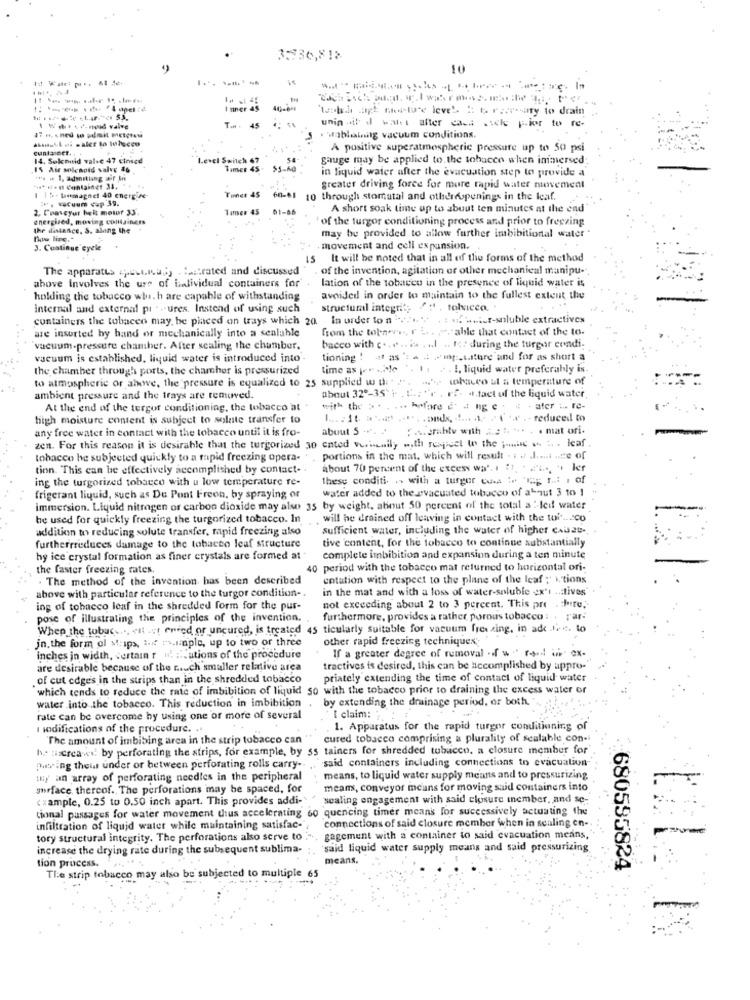
3:536,818
10
I mer 45
-
'tarih at mortu's leve'. 1 6 rate sary to drain
unin dit dl walt after cass .icke pior to re-
T .. 45
. Hablaing vacuum conditions.
cunta ser ...
A positive superatmospheric pressure up to 50 psi
14. Selcould valve 47 cinscd
Level Switch 47
54
gauge may be applied to the tobacco when inimersed
15 Air solchold valve 46
Timer 45. 55-60
in liquid water after the evacuation step to provide a
* ** Container 3.
greater driving force for more rapid water movement
1 15- Wmmagnet 40 energize
- ----- 39.
Timer 45
60-61
10 through stomatal and otheropenings in the leaf.
2, Fraseyur beit moinr 33.
Tamer 45
01-66
A short soak time up to about ten minutes at the end"
energised, moving containers
of the turgor conditioning process and prior to freezing
the distance. S. along the
The line."
may be provided to allow further imbibitional water
3. Continue eyele
. movement and cell expansion.
It will be noted that in all of the forms of the method
The apparatus peut.nagy . :. strated and discussed
of the invention, agitation or other mechanical manipu-
lation of the tobacco in the presence of liquid water is
above involves the use of batividual containers for
holling the tobacco wh. h are capable of withstanding
avoided in order to maintain to the fullest extent the
internal and external pi - . ures. Instead of using such
structural integrit; " , tohacca.
containers the tobacen may be placed on trays which 20 In order to a " .... . : ---- soluble extractives
are insorted by hand or mechanically into a sealable
from the topnews, r ... . able that contact of the to.
vacuum-pressure chamber. After scaling the chamber.
bacco with c .... is . ... .. tor during the turgor condi-
vacuum is established, liquid water is introduced into -
tioning ! at as': a - wing -- Liture und for as short a
the chamber through ports, the chamber is pressurized
time as je ile
". .. . . I, liquid water preferably is
to atmospheric or above, the pressure is equalized to 25 supplied w th ". ....
chaceo at a temperature of
ambient pressure and the trays are removed.
about 32º-35'h . C .: "r . r .. .. tact of the liquid water
At the end of the tergor conditioning, the tobacco at
with the > . . . .. hefare e- 4 ng e . ; - ater ... re-
high moisture content is subject to solute transfer to
.. reduced to
any free water in contact with the tobacco until it is fro-
about 5 -.
A.crably with ... .. ... . . mat ori.
zen. For this reason it is desirable that the turgorized 30 ented verinnily with respect to the joint a leaf
tobacco he subjected quickly to a rapid freezing opera-
portions in the mat, which will result . . . ....... .. te of
tion. This can be effectively accomplished by contact. .
about 70 percent of the excess wa'. 1 (1, 2L ., i ler
ing the turgorized tobacco with u low temperature re-
these conditi. . with a turger ca : " ...: , of
water added to the evacuated tobacco of about 3 to 1
frigerant liquid, such as De Pont Freon, by spraying or
immersion. Liquid nitrogen or carbon dioxide may also 35 by weight, about 50 percent of the total a :- leif water
be used for quickly freezing the turgorized tobacco. In
will he drained off leaving in contact with the toi .... co
addition to reducing solute transfer, rapid freezing also
sufficient water, including the water of higher causas ..
tive content, for the tobacco to continue substantially
furtherrreduces damage to the tobacco leaf structure
hy ice crystal formation as finer crystals are formed at
complete imbibition and expansion during a ten minute
the faster freezing rates.
40 period with the tobacco mat returned to horizontal ori-
. The method of the invention, has been described
entation with respect to the plane of the leaf ; itions
in the mat and with a loss of water-soluble ex't .. lives"
above with particular reference to the turgor condition -.
ing of tobacco leaf in the shredded form for the pur-
not exceeding about 2 to 3 percent. This pre .here.
pose of illustrating the principles of the invention.
furthermore, provides a rather porous tobacco : . rar-
When the tobac .... «it -t enred or uncured, is treated 45 ticularly suitable for vacuum freezing, in ade .. .. to
jn. the form ol Mips, i. r.imple, up to two or three
other rapid freezing techniques;
inches in width, certain r . ::. ations of the procedure
If a greater degree of removal frau ex-
are desirable because of the r. ch smaller relative area
tractives is desired, this can be accomplished by uppro-
of cut edge's in the strips than in the shredded tobacco
priately extending the time of contact of liquid water
which tends to reduce the rate of imbibition of liquid 50 with the tobacco prior to draining the excess water or
water into the tobacco. This reduction in imbibition
by extending the drainage period, or both."
rate can be overcome by using one of more of several
[ claim: "
I odifications of the procedure. ..
1. Apparatus for the rapid turgor conditioning of
The amount of imbibing area in the strip tobacco can
cured tobacco comprising a plurality of scalable con-
he tscreawi by perforating the strips, for example, by ss tainers for shredded tubucco, a closure member for
said containers including connections to evacuation-
Dubeing theia under or between perforating rolls carry-
my an array of perforating needles in the peripheral
means, to liquid water supply means and to pressurizing
surface. thereof. The perforations may be spaced, for
means, conveyor means for moving said containers into
( xample, 0.25 to 0.50 inch apart. This provides addi-
sealing engagement with said closure member, and so-
tional passages for water movement thus accelerating 60 quencing timer means for successively actuating the
connections of said closure member when in sealing en-
infiltration of liquid water while maintaining satisfac-
tory structural integrity. The perforations also serve to
gagement with a container to said evacuation means,
increase the drying rate during the subsequent sublima-
said liquid water supply means and said pressurizing
tion process.
means,
The strip tobacco may also be subjected to multiple 65
680595824